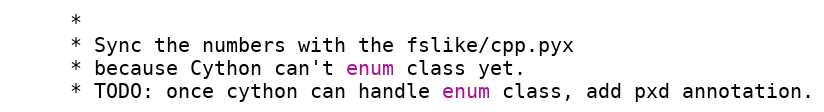
Language: C
	 *
	 * Sync the numbers with the fslike/cpp.pyx
	 * because Cython can't enum class yet.
	 * TODO: once cython can handle enum class, add pxd annotation.